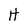
Character: H